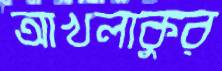
আখলাকুর